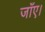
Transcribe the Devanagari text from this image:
जाँए।